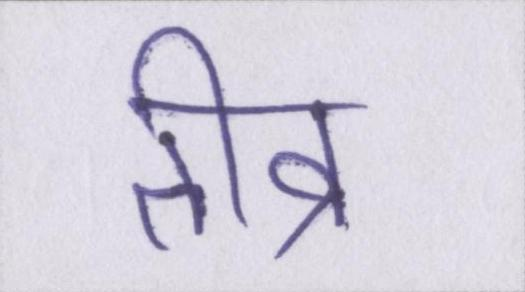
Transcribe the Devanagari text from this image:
तीव्र